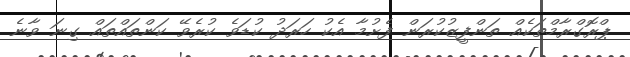
ޕްރޮގްރާމްތަކެއް ތަންފީޒުކުރަން ފެށުމާ އެކު ހަރަދު ކުޑަވެ ކުރެވޭ ކަންތައްތައް ގިނަ ވާނެ